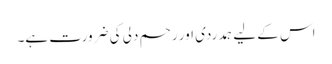
اس کے لیے ہمدردی اور رحم دلی کی ضرورت ہے۔